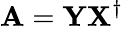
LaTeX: \mathbf{A}=\mathbf{Y}\mathbf{X}^{\dagger}